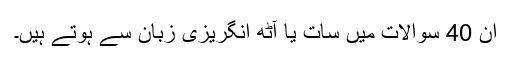
ان 40 سوالات میں سات یا آٹھ انگریزی زبان سے ہوتے ہیں۔